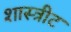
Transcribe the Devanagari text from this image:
शास्त्रीट